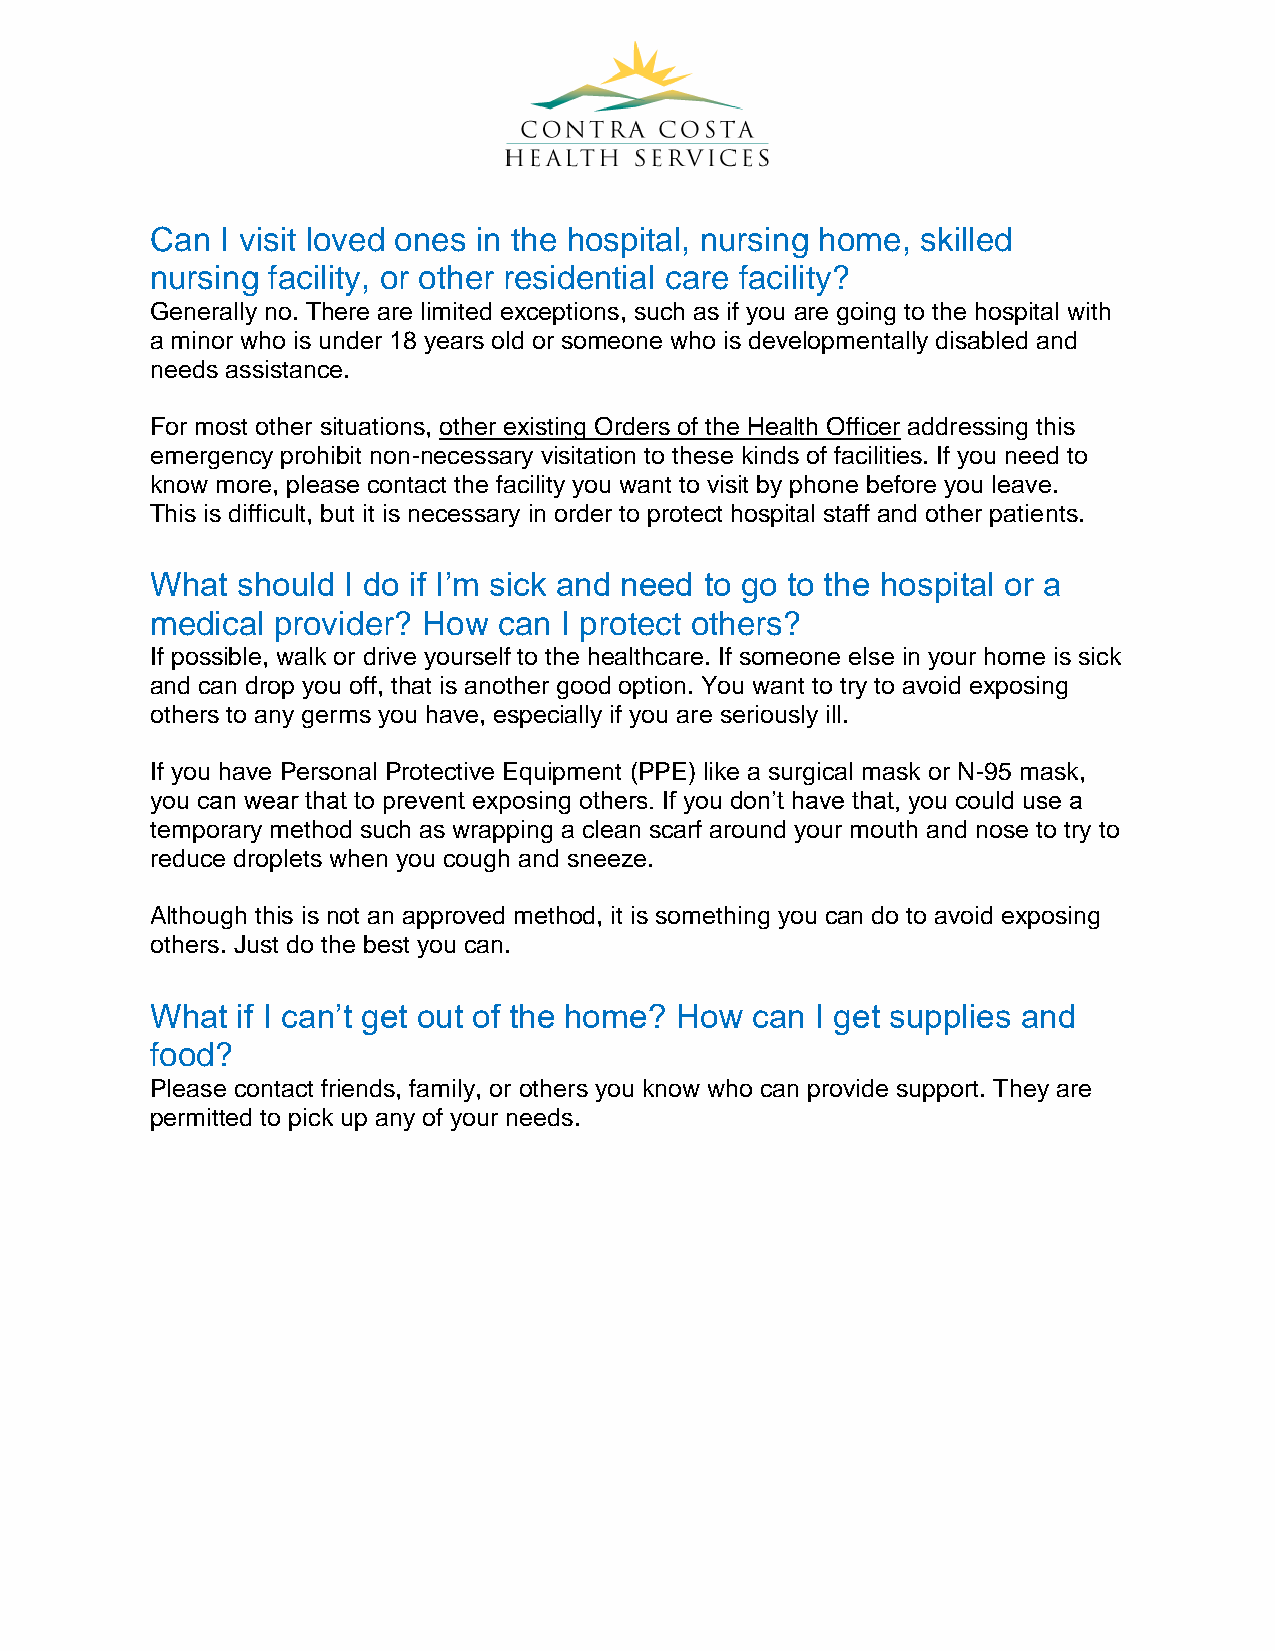
Can  I visit loved ones in the hospital, nursing home, skilled
 nursing facility, or other residential care facility?
 Generally no. There are limited exceptions, such as if you are going to the hospital with
 a minor who is under 18 years old or someone who is developmentally disabled and
 needs assistance.
 For most other situations, other existing Orders of the Health Officer addressing this
 emergency prohibit non-necessary visitation to these kinds of facilities. If you need to
 know more, please contact the facility you want to visit by phone before you leave.
 This is difficult, but it is necessary in order to protect hospital staff and other patients.
 What  should I do if I’m sick and need to go to the hospital or a
 medical provider? How  can I protect others?
 If possible, walk or drive yourself to the healthcare. If someone else in your home is sick
 and can drop you off, that is another good option. You want to try to avoid exposing
 others to any germs you have, especially if you are seriously ill.
 If you have Personal Protective Equipment (PPE) like a surgical mask or N-95 mask,
 you can wear that to prevent exposing others. If you don’t have that, you could use a
 temporary method such as wrapping a clean scarf around your mouth and nose to try to
 reduce droplets when you cough and sneeze.
 Although this is not an approved method, it is something you can do to avoid exposing
 others. Just do the best you can.
 What  if I can’t get out of the home? How can I get supplies and
 food?
 Please contact friends, family, or others you know who can provide support. They are
 permitted to pick up any of your needs.